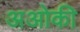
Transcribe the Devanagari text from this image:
अओकी